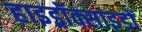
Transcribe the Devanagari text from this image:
हाइड्रॉक्साइडों